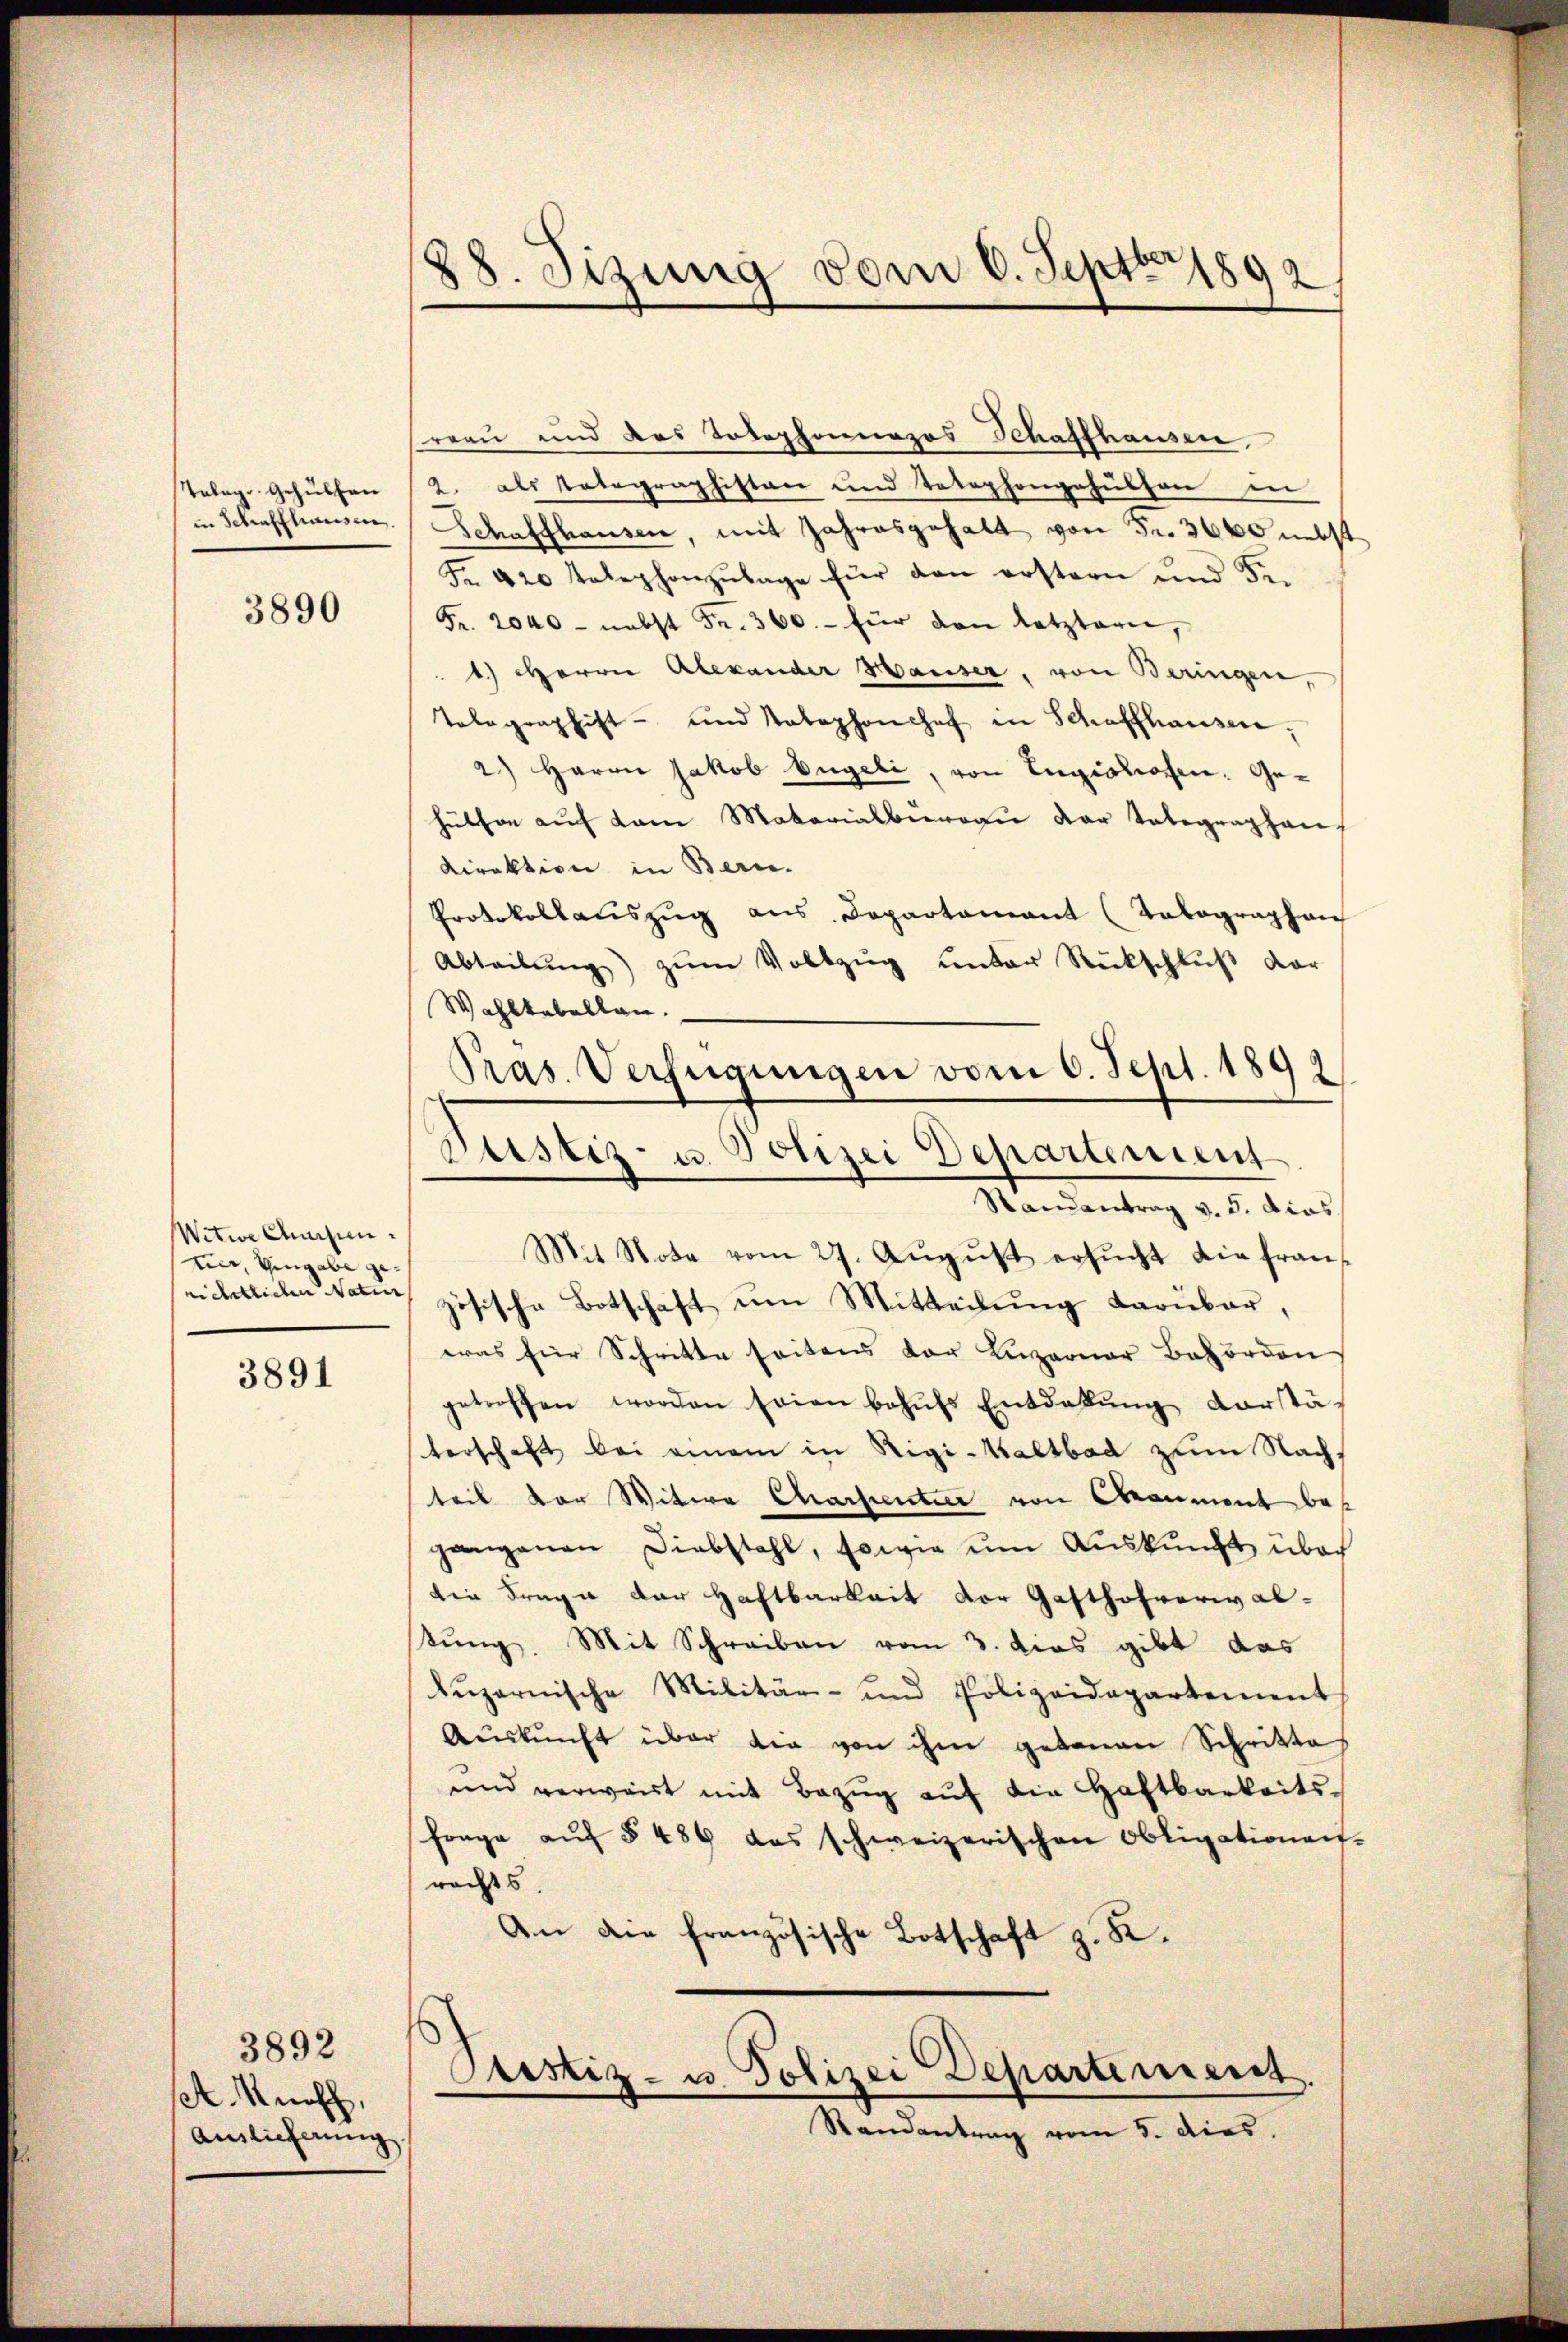
Tolag. Gehülfen
in Schaffhausen.

3890

Witwe Ansin
mer, Eingabe gerichtlichen Natur

3891

3892
A. Ruech,
Auslieferung

88. Sizung vom 6. Septbr 1892.

reen und das Tolephonnazos Schaffhausen.
2. als Tatographistan und Totephongehülfen in
Schaffhausen, mit Jahresgehalt von Fr. 3000 nebst
Fr. 420 Telephonzŭlage für den erstern und Fre
Fr. 2040 - nebst Fr. 360.- für den letztern,
1.) Herrn Alexander Hauser, von Beringen,
Telegraphist- und Telephonshof in Schaffhausen,
2) Herrn Jakob Bügeli, von Engioliosen. Gehüthen aŭf dem Materialbüreau der Totegraphan,
Direktion in Bern.
Protokollaŭszŭg ans Departamant (Tolographen
Abteilŭng zŭm Vollzug unter Rückschlŭβ der
Wahlkabellan
Randantrag v. 5. dies
Mit Note vom 27. Aŭgŭst ersŭcht die fran-
zösische Botschaft um Mitteilung darüber,
eras für Schritte seitens der Luzerner Behörden
getroffen worden seien behŭfs Entdabŭng vorstä-
terschaft bei einem in Rigi-Kaltbad zum Nachteil der Witwe Chartentier von Baument begangenen Diebstahl, sowie ŭm Aŭskŭnft über
die Frage der Haftbarkeit vor Gasthofrerwaltung. Mit Schreiben vom 3. dies gibt das
Lŭzernische Militär- und Polizeidepartement
Aŭskŭnft über die von ihm getanen Schritte
und verwart mit Bezŭg aŭf die Haftbarkeits-
frage aŭf § 486 das schweizerischen Obligationen-
rechts.
An die französische Botschaft z. B.
Cristiz- u. Polizei Departement.
Randantrag vom 5. dies

Pras. Verfügungen vom 6. Sept. 1892
Justiz- u. Polizei Departement